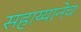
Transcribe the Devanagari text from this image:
सहाय्यानेच